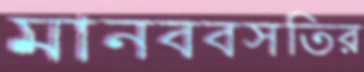
মানববসতির